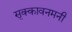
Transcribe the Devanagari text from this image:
सृक्कावनमनी